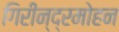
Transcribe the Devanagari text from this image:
गिरीन्द्रमोहन